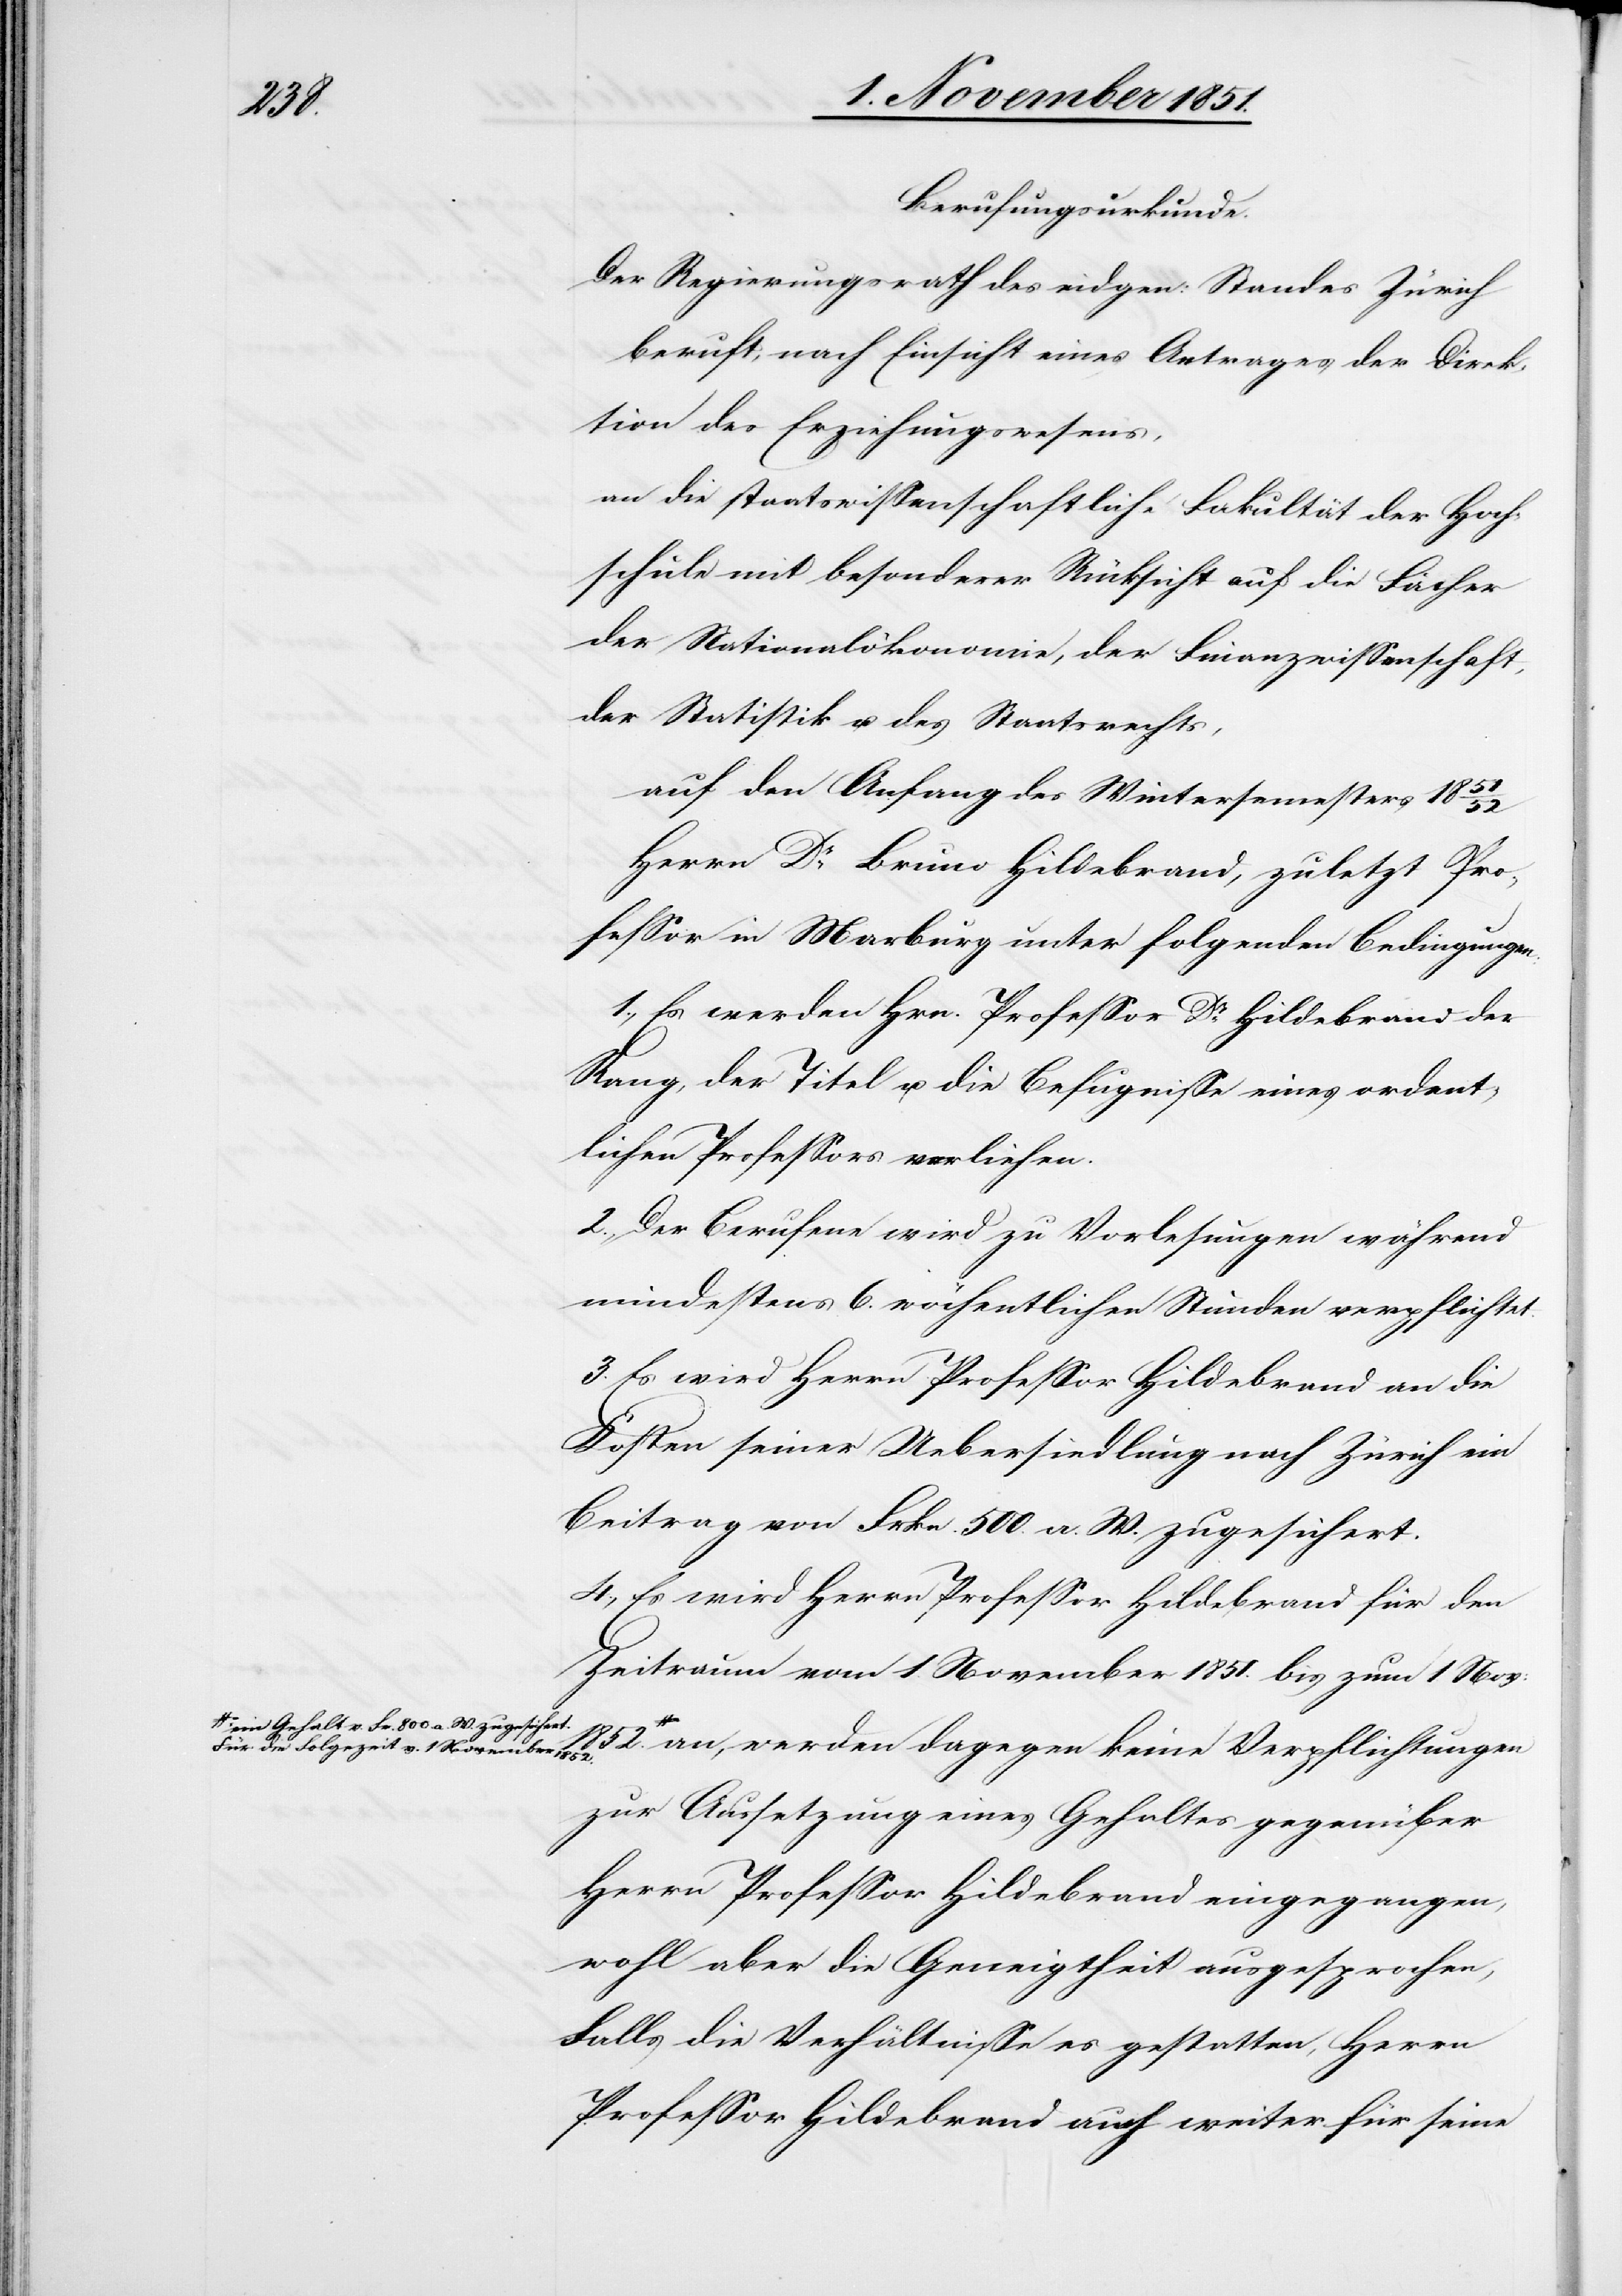
Berufungsurkunde.
Der Regierungsrath des eidgen: Standes Zürich
beruft, nach Einsicht eines Antrages der Direk¬
tion des Erziehungswesens,
an die staatswissenschaftliche Fakultät der Hoch¬
schule mit besonderer Rücksicht auf die Fächer
der Nationalökonomie, der Finanzwissenschaft,
der Statistik u. des Staatsrechts,
auf den Anfang des Wintersemesters 1851/52
Herrn Dr Bruno Hildebrand, zuletzt Pro¬
fessor in Marburg unter folgenden Bedingungen:
1., Es werden Hrn. Professor Dr Hildebrand der
Rang, der Titel u. die Befugnisse eines ordent¬
lichen Professors verliehen.
2., Der Berufene wird zu Vorlesungen während
mindestens 6. wöchentlichen Stunden verpflichtet.
3. Es wird Herrn Professor Hildebrand an die
Kosten seiner Uebersiedlung nach Zürich ein
Beitrag von Frkn. 500. a. W. zugesichert.
4., Es wird Herrn Professor Hildebrand für den
Zeitraum vom 1. November 1851. bis zum 1. Nov:
1852.
a-ein Gehalt v. Fr. 800 a. W. zugesichert.
Für die Folgezeit v. 1 November
1852.-a an, werden dagegen keine Verpflichtungen
zur Aussetzung eines Gehaltes gegenüber
Herrn Professor Hildebrand eingegangen,
wohl aber die Geneigtheit ausgesprochen,
Falls die Verhältnisse es gestatten, Herrn
Professor Hildebrand auch weiter für seine